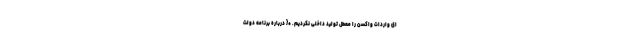
ای واردات واکسن را معطل تولید داخلی نکردیم. *{ درباره برنامه دولت